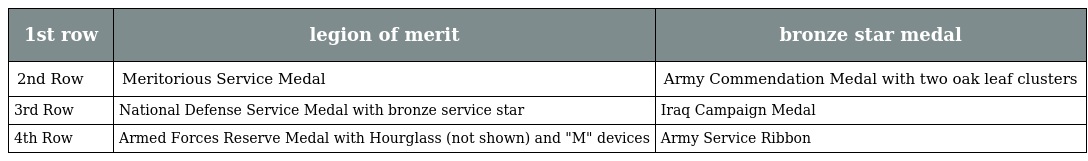
| 1st row | legion of merit | bronze star medal |
 | --- | --- | --- |
 | 2nd Row | Meritorious Service Medal | Army Commendation Medal with two oak leaf clusters |
 | 3rd Row | National Defense Service Medal with bronze service star | Iraq Campaign Medal |
 | 4th Row | Armed Forces Reserve Medal with Hourglass (not shown) and "M" devices | Army Service Ribbon |